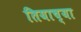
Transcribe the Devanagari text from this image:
तियाच्या